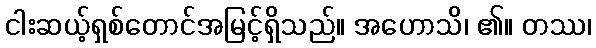
ငါးဆယ့်ရှစ်တောင်အမြင့်ရှိသည်။ အဟောသိ၊ ၏။ တဿ၊